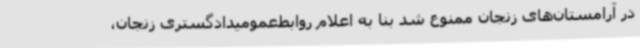
در آرامستان‌های زنجان ممنوع شد بنا به اعلام روابط‌عمومیدادگستری زنجان،